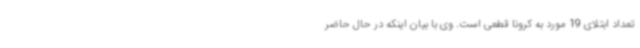
تعداد ابتلای 19 مورد به کرونا قطعی است. وی با بیان اینکه در حال حاضر